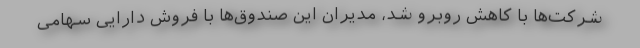
شرکت‌ها با کاهش روبرو شد، مدیران این صندوق‌ها با فروش دارایی سهامی